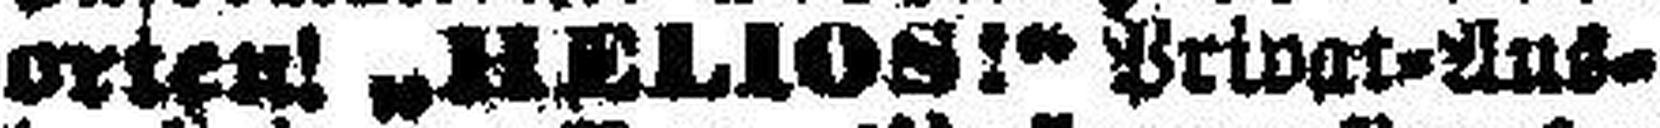
rorten! „HELIOS!“ Privat=Aus¬